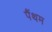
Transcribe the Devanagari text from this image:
पैंथम